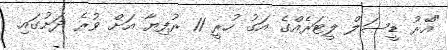
"އޭރު ޑީސަލް ލީޓަރެއްގެ އަގު ހުރީ 11 ރުފިޔާ އަށް ވުރެ ދަށުގައި.